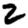
Digit: 2